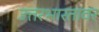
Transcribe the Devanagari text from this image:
उत्तरभारतावर